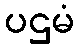
ပဌမံ